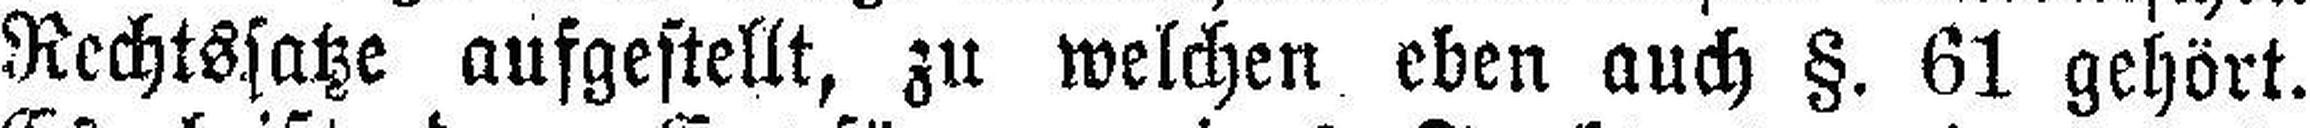
Rechtssatze aufgestellt, zu welchen eben auch §. 61 gehört.